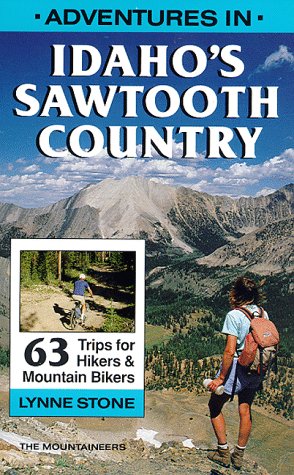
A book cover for Adventures in Idaho's Sawtooth Country; Lynne M. Stone; Travel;